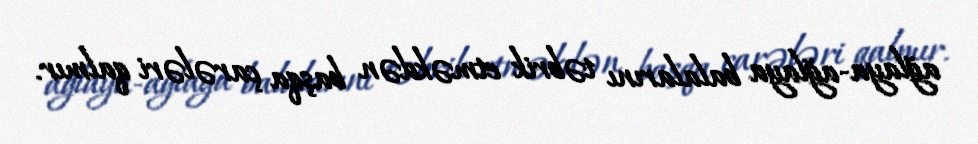
ağlaya-ağlaya balalarını təbrik etməkdən başqa çarələri qalmır.